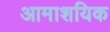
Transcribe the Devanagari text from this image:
आमाशयिक